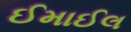
ઈમાઈલ